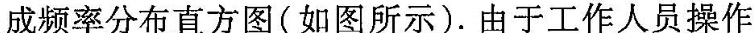
成频率分布直方图(如图所示).由于工作人员操作